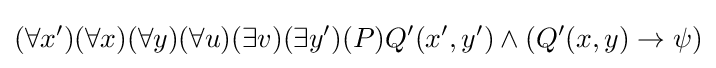
(\forall x')(\forall x)(\forall y)(\forall u)(\exists v)(\exists y')(P)Q'(x',y')\wedge (Q'(x,y)\rightarrow \psi )